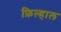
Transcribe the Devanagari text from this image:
फ़िल्हाल